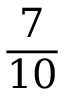
\frac { 7 } { 1 0 }